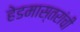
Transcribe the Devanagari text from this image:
हेडमास्तरांची